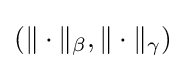
(\|\cdot \|_{\beta },\|\cdot \|_{\gamma })